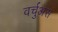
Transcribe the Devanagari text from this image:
वर्चुअस